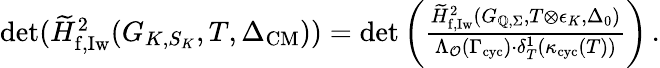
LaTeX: \begin{array}{r}{\begin{array}{r}{\operatorname*{det}(\widetilde{H}_{\mathrm{f,Iw}}^{2}(G_{K,S_{K}},T,\Delta_{\mathrm{CM}}))=\operatorname*{det}\left(\frac{\widetilde{H}_{\mathrm{f,Iw}}^{2}(G_{\mathbb{Q},\Sigma},T\otimes\epsilon_{K},\Delta_{0})}{\Lambda_{\mathcal{O}}(\Gamma_{\textup{cyc}})\cdot\delta_{T}^{1}(\kappa_{\textup{cyc}}(T))}\right)\, .}\end{array}}\end{array}